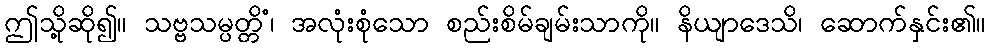
ဤသို့ဆို၍။ သဗ္ဗသမ္ပတ္တိံ၊ အလုံးစုံသော စည်းစိမ်ချမ်းသာကို။ နိယျာဒေသိ၊ ဆောက်နှင်း၏။